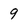
Character: 9